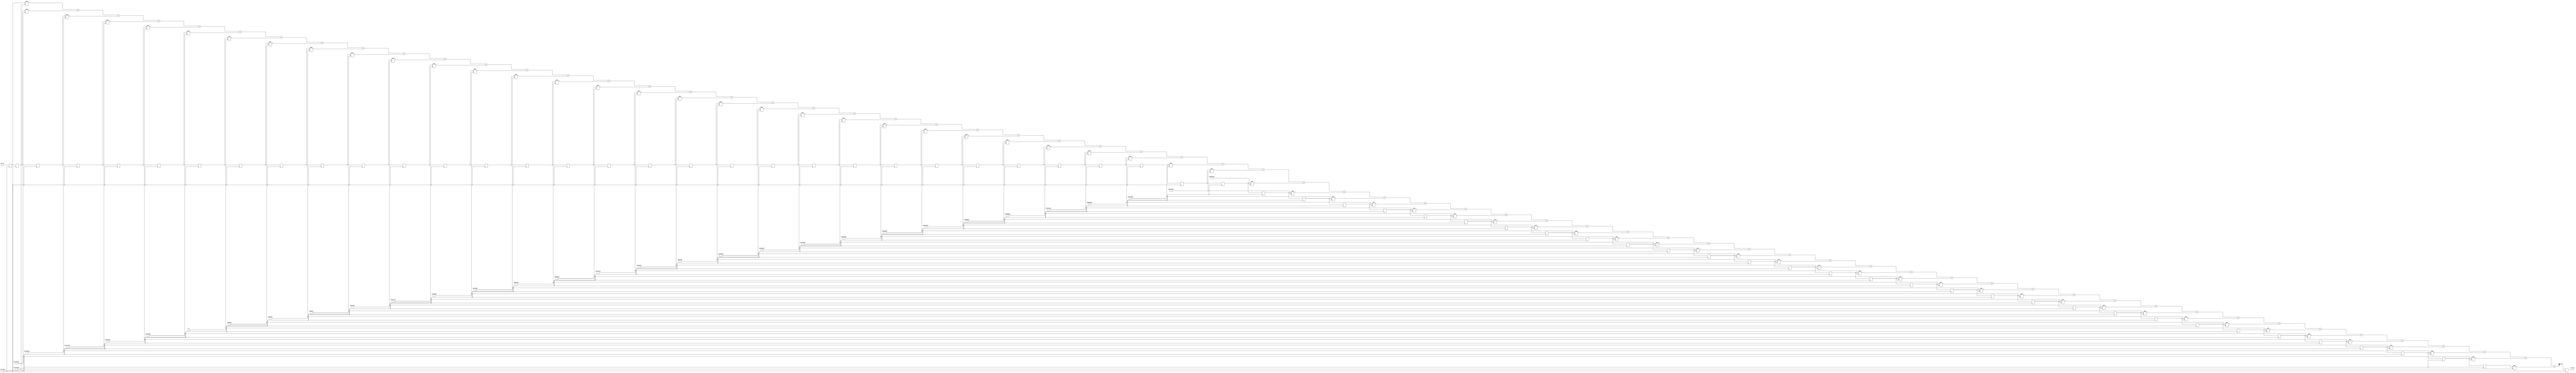
`timescale 1ns / 1ps
//////////////////////////////////////////////////////////////////////////////////
// Company: 
// Engineer: 
// 
// Design Name: 
// Module Name: lpf
// Project Name: 
// Target Devices: 
// Tool Versions: 
// Description: 
// 
// Dependencies: 
// 
// Revision:
// Revision 0.01 - File Created
// Additional Comments:
// 
//////////////////////////////////////////////////////////////////////////////////


module hpf(
    input clk_20kHz,
    input [11:0] mic_in,
    output reg [11:0] mic_out
    );
    
    reg [11:0] a0, a1, a2, a3, a4, a5, a6, a7, a8, a9, a10, a11, a12, a13, a14, a15, a16, a17, a18, a19, a20, a21, a22, a23, a24, a25, a26, a27, a28, a29, a30, a31, a32, a33, a34, a35, a36, a37, a38, a39, a40, a41, a42, a43, a44, a45, a46, a47, a48, a49, a50, a51, a52, a53, a54, a55, a56, a57, a58, a59, a60, a61, a62;
    
    reg [31:0] b0 = -3518256;
    reg [31:0] b1 = -3566638;
    reg [31:0] b2 = -3556202;
    reg [31:0] b3 = -3376261;
    reg [31:0] b4 = -2858512;
    reg [31:0] b5 = -1800498;
    reg [31:0] b6 = 0;
    reg [31:0] b7 = 2703161;
    reg [31:0] b8 = 6382716;
    reg [31:0] b9 = 10984561;
    reg [31:0] b10 = 16294165;
    reg [31:0] b11 = 21918079;
    reg [31:0] b12 = 27283679;
    reg [31:0] b13 = 31659579;
    reg [31:0] b14 = 34197045;
    reg [31:0] b15 = 33990440;
    reg [31:0] b16 = 30152488;
    reg [31:0] b17 = 21898239;
    reg [31:0] b18 = 8630187;
    reg [31:0] b19 = -9983697;
    reg [31:0] b20 = -33947137;
    reg [31:0] b21 = -62895105;
    reg [31:0] b22 = -96081229;
    reg [31:0] b23 = -132396143;
    reg [31:0] b24 = -170417154;
    reg [31:0] b25 = -208486655;
    reg [31:0] b26 = -244813975;
    reg [31:0] b27 = -277592971;
    reg [31:0] b28 = -305126027;
    reg [31:0] b29 = -325944225;
    reg [31:0] b30 = -338913581;
    reg [31:0] b31 = 3948159980;
    reg [31:0] b32 = -338913581;
    reg [31:0] b33 = -325944225;
    reg [31:0] b34 = -305126027;
    reg [31:0] b35 = -277592971;
    reg [31:0] b36 = -244813975;
    reg [31:0] b37 = -208486655;
    reg [31:0] b38 = -170417154;
    reg [31:0] b39 = -132396143;
    reg [31:0] b40 = -96081229;
    reg [31:0] b41 = -62895105;
    reg [31:0] b42 = -33947137;
    reg [31:0] b43 = -9983697;
    reg [31:0] b44 = 8630187;
    reg [31:0] b45 = 21898239;
    reg [31:0] b46 = 30152488;
    reg [31:0] b47 = 33990440;
    reg [31:0] b48 = 34197045;
    reg [31:0] b49 = 31659579;
    reg [31:0] b50 = 27283679;
    reg [31:0] b51 = 21918079;
    reg [31:0] b52 = 16294165;
    reg [31:0] b53 = 10984561;
    reg [31:0] b54 = 6382716;
    reg [31:0] b55 = 2703161;
    reg [31:0] b56 = 0;
    reg [31:0] b57 = -1800498;
    reg [31:0] b58 = -2858512;
    reg [31:0] b59 = -3376261;
    reg [31:0] b60 = -3556202;
    reg [31:0] b61 = -3566638;
    reg [31:0] b62 = -3518256;
    
    reg [43:0] sum;
    
    always @ (posedge clk_20kHz) begin
        a0 <= mic_in;
        a1 <= a0;
        a2 <= a1;
        a3 <= a2;
        a4 <= a3;
        a5 <= a4;
        a6 <= a5;
        a7 <= a6;
        a8 <= a7;
        a9 <= a8;
        a10 <= a9;
        a11 <= a10;
        a12 <= a11;
        a13 <= a12;
        a14 <= a13;
        a15 <= a14;
        a16 <= a15;
        a17 <= a16;
        a18 <= a17;
        a19 <= a18;
        a20 <= a19;
        a21 <= a20;
        a22 <= a21;
        a23 <= a22;
        a24 <= a23;
        a25 <= a24;
        a26 <= a25;
        a27 <= a26;
        a28 <= a27;
        a29 <= a28;
        a30 <= a29;
        a31 <= a30;
        a32 <= a31;
        a33 <= a32;
        a34 <= a33;
        a35 <= a34;
        a36 <= a35;
        a37 <= a36;
        a38 <= a37;
        a39 <= a38;
        a40 <= a39;
        a41 <= a40;
        a42 <= a41;
        a43 <= a42;
        a44 <= a43;
        a45 <= a44;
        a46 <= a45;
        a47 <= a46;
        a48 <= a47;
        a49 <= a48;
        a50 <= a49;
        a51 <= a50;
        a52 <= a51;
        a53 <= a52;
        a54 <= a53;
        a55 <= a54;
        a56 <= a55;
        a57 <= a56;
        a58 <= a57;
        a59 <= a58;
        a60 <= a59;
        a61 <= a60;
        a62 <= a61;
    
        sum = a0 * b0 + a1 * b1 + a2 * b2 + a3 * b3 + a4 * b4 + a5 * b5 + a6 * b6 + a7 * b7 + a8 * b8 + a9 * b9 + a10 * b10 + a11 * b11 + a12 * b12 + a13 * b13 + a14 * b14 + a15 * b15 + a16 * b16 + a17 * b17 + a18 * b18 + a19 * b19 + a20 * b20 + a21 * b21 + a22 * b22 + a23 * b23 + a24 * b24 + a25 * b25 + a26 * b26 + a27 * b27 + a28 * b28 + a29 * b29 + a30 * b30 + a31 * b31 + a32 * b32 + a33 * b33 + a34 * b34 + a35 * b35 + a36 * b36 + a37 * b37 + a38 * b38 + a39 * b39 + a40 * b40 + a41 * b41 + a42 * b42 + a43 * b43 + a44 * b44 + a45 * b45 + a46 * b46 + a47 * b47 + a48 * b48 + a49 * b49 + a50 * b50 + a51 * b51 + a52 * b52 + a53 * b53 + a54 * b54 + a55 * b55 + a56 * b56 + a57 * b57 + a58 * b58 + a59 * b59 + a60 * b60 + a61 * b61 + a62 * b62;
    
        mic_out = sum[43:32];
    end
endmodule